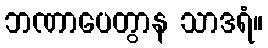
ဘဏာပေတွာန သာဒရံ။